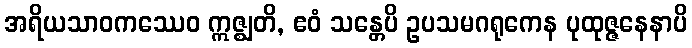
အရိယသာဝကဿေဝ ဣဇ္ဈတိ, ဧဝံ သန္တေပိ ဥပသမဂရုကေန ပုထုဇ္ဇနေနာပိ